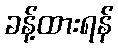
ခန့်ထားရန်